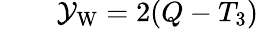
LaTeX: \qquad\mathcal{Y}_{\mathrm{{{W}}}}=2(Q-T_{3})